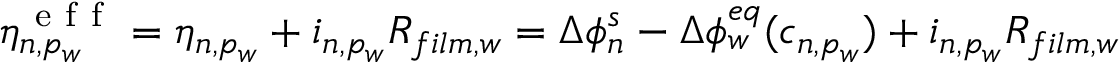
\begin{array} { r } { \eta _ { n , p _ { w } } ^ { \mathrm { ~ e ~ f ~ f ~ } } = \eta _ { n , p _ { w } } + i _ { n , p _ { w } } R _ { f i l m , w } = \Delta \phi _ { n } ^ { s } - \Delta \phi _ { w } ^ { e q } ( c _ { n , p _ { w } } ) + i _ { n , p _ { w } } R _ { f i l m , w } } \end{array}